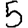
Digit: 5